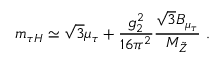
m _ { \tau H } \simeq \sqrt { 3 } \mu _ { \tau } + \frac { g _ { 2 } ^ { 2 } } { 1 6 \pi ^ { 2 } } \frac { \sqrt { 3 } B _ { \mu _ { \tau } } } { M _ { \tilde { Z } } } ~ .